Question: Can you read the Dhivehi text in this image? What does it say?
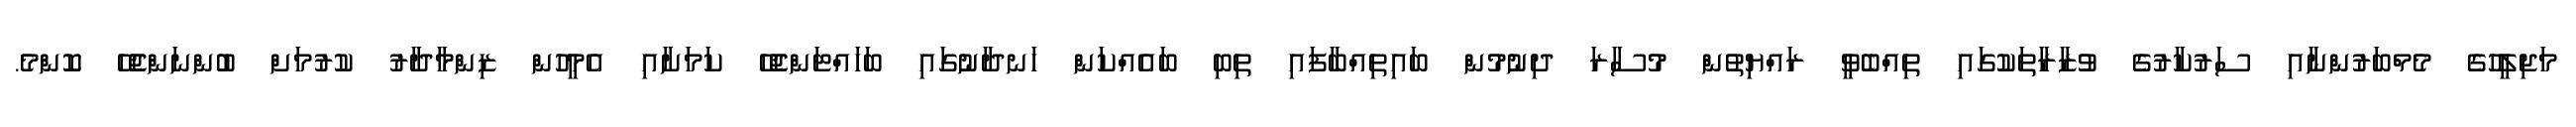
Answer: މަޖިލީހުގެ މެމްބަރުންނާއި ސަރުކާރުގެ ވުޒާރާތަކުގައި ތިއްބެވީ ރައްޔިތުން މުސާރަ ދިނުމުން ބައިތިއްބާފައި ތިބި ބައެއްކަން ހަނދާނުގައި ބަހައްޓަންޖެހޭ ކަމަށާއި އެމީހުން ޒިންމާދާރު ކުރުމަށް ބުންނަންޖެހޭ ކޮންމެ.